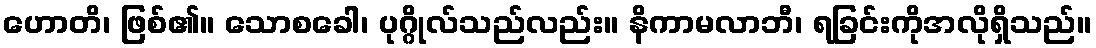
ဟောတိ၊ ဖြစ်၏။ သောစခေါ၊ ပုဂ္ဂိုလ်သည်လည်း။ နိကာမလာဘီ၊ ရခြင်းကိုအလိုရှိသည်။